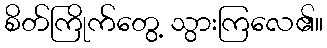
စိတ်ကြိုက်တွေ့ သွားကြလေ၏။